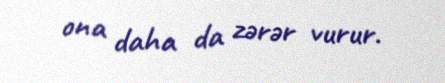
ona daha da zərər vurur.